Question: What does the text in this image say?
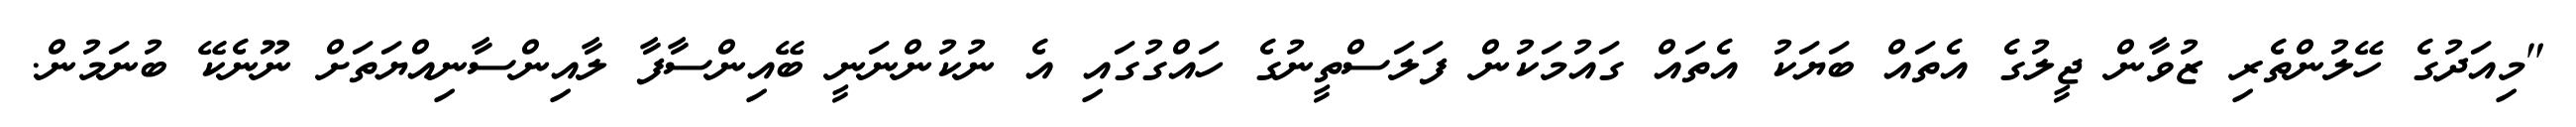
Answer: "މިއަދުގެ ހޭލުންތެރި ޒުވާން ޖީލުގެ އެތައް ބަޔަކު އެތައް ގައުމަކުން ފަލަސްތީނުގެ ހައްގުގައި އެ ނުކުންނަނީ ބޭއިންސާފާ ލާއިންސާނިއްޔަތަށް ނޫނެކޭ ބުނަމުން.